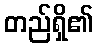
တည်ရှိ၏